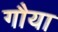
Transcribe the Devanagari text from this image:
गौया